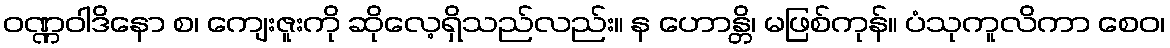
ဝဏ္ဏဝါဒိနော စ၊ ကျေးဇူးကို ဆိုလေ့ရှိသည်လည်း။ န ဟောန္တိ၊ မဖြစ်ကုန်။ ပံသုကူလိကာ စေဝ၊